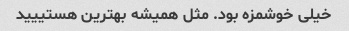
خیلی خوشمزه بود. مثل همیشه بهترین هستییید